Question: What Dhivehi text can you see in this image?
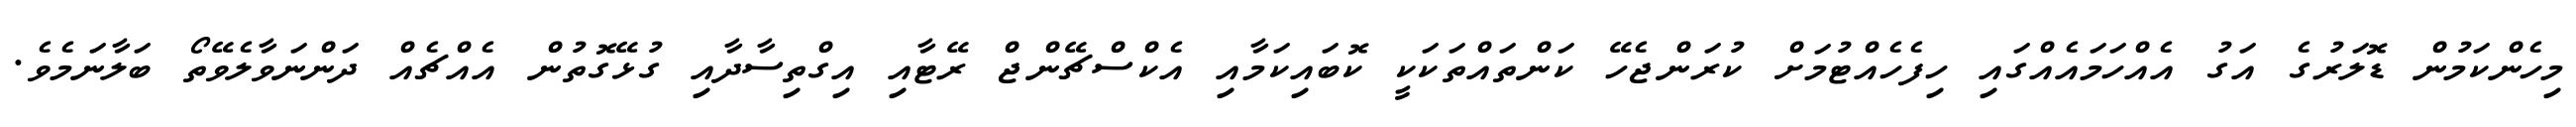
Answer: މިހެންކަމުން ޑޮލަރުގެ އަގު އެއްހަމައެއްގައި ހިފެހެއްޓުމަށް ކުރަންޖެހޭ ކަންތައްތަކަކީ ކޮބައިކަމާއި އެކްސްޗޭންޖް ރޭޓާއި އިގްތިސާދާއި ގުޅޭގޮތުން އެއްޗެއް ދަންނަވާލެވޭތޯ ބަލާނަމެވެ.